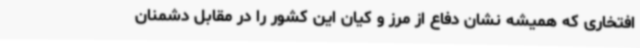
افتخاری که همیشه نشان دفاع از مرز و کیان این کشور را در مقابل دشمنان